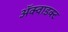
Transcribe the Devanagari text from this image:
ॲक्वाडक्ट